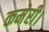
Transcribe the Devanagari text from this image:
कमेरी।